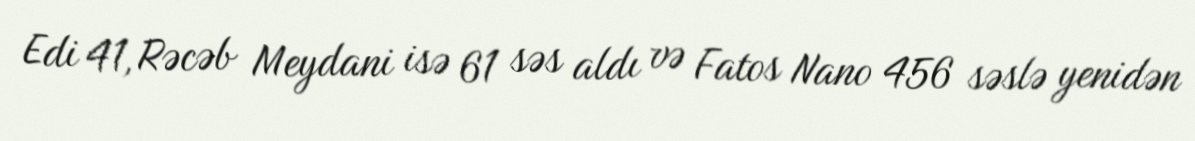
Edi 41, Rəcəb Meydani isə 61 səs aldı və Fatos Nano 456 səslə yenidən